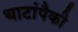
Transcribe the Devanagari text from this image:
थाटांपैकी